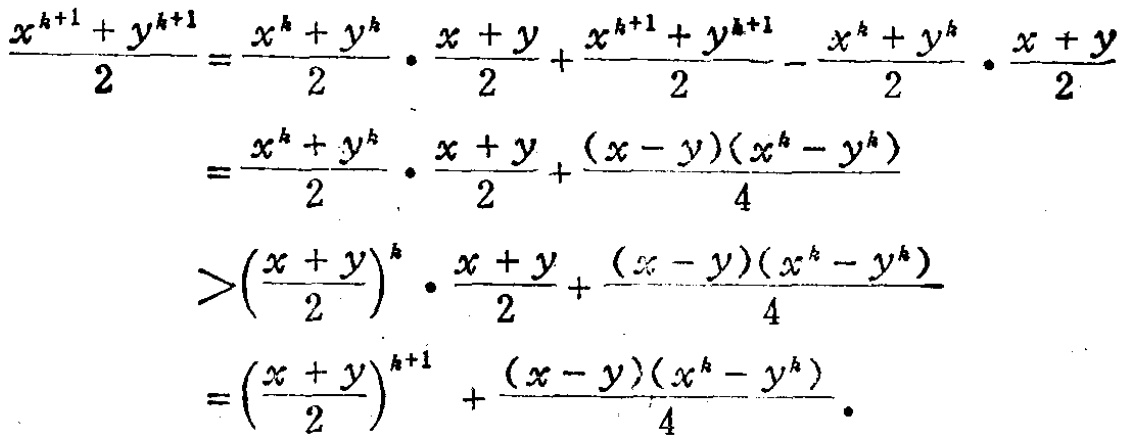
\[

\begin{align*}

\frac{x^{k + 1}+y^{k + 1}}{2}&=\frac{x^{k}+y^{k}}{2}\cdot\frac{x + y}{2}+\frac{x^{k + 1}+y^{k + 1}}{2}-\frac{x^{k}+y^{k}}{2}\cdot\frac{x + y}{2}\\

&=\frac{x^{k}+y^{k}}{2}\cdot\frac{x + y}{2}+\frac{(x - y)(x^{k}-y^{k})}{4}\\

&>\left(\frac{x + y}{2}\right)^{k}\cdot\frac{x + y}{2}+\frac{(x - y)(x^{k}-y^{k})}{4}\\

&=\left(\frac{x + y}{2}\right)^{k + 1}+\frac{(x - y)(x^{k}-y^{k})}{4}.

\end{align*}

\]